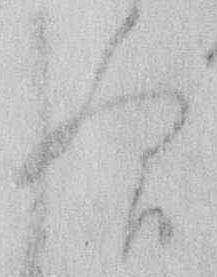
合